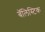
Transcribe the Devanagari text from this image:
बॅलिस्टिक